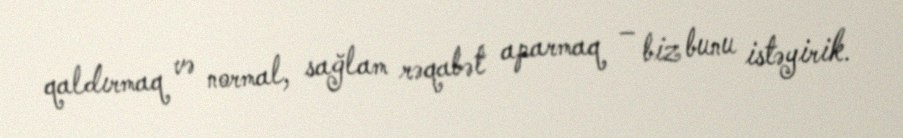
qaldırmaq və normal, sağlam rəqabət aparmaq – biz bunu istəyirik.